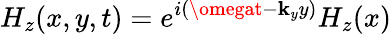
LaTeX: H_{z}(x,y,t)=e^{i(\omegat-\mathbf{k}_{y}y)}H_{z}(x)